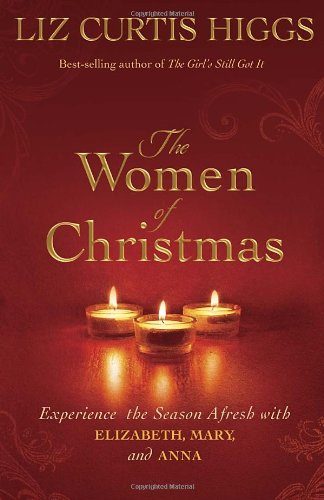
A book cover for The Women of Christmas: Experience the Season Afresh with Elizabeth, Mary, and Anna; Liz Curtis Higgs; Christian Books & Bibles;